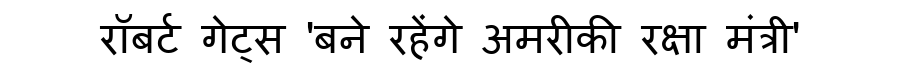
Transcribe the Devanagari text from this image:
रॉबर्ट गेट्स 'बने रहेंगे अमरीकी रक्षा मंत्री'